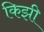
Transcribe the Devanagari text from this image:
किझी